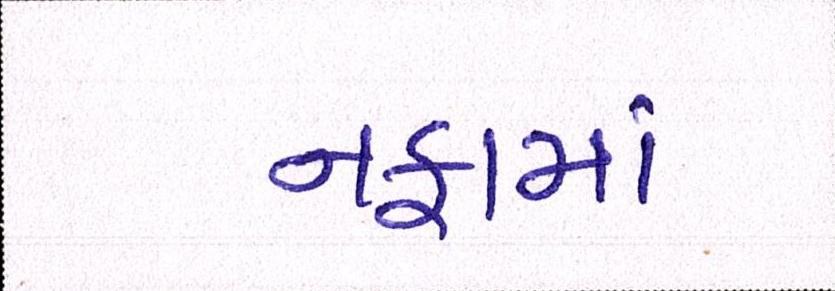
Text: નફામાં